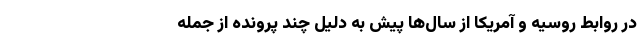
در روابط روسیه و آمریکا از سال‌ها پیش به دلیل چند پرونده از جمله